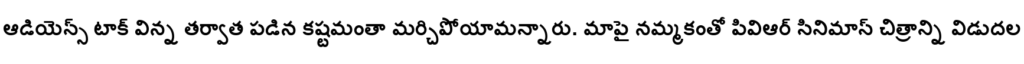
ఆడియెన్స్ టాక్ విన్న తర్వాత పడిన కష్టమంతా మర్చిపోయామన్నారు. మాపై నమ్మకంతో పివిఆర్ సినిమాస్ చిత్రాన్ని విడుదల